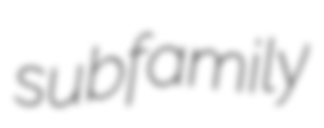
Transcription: subfamily